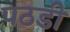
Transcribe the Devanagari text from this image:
पठडी